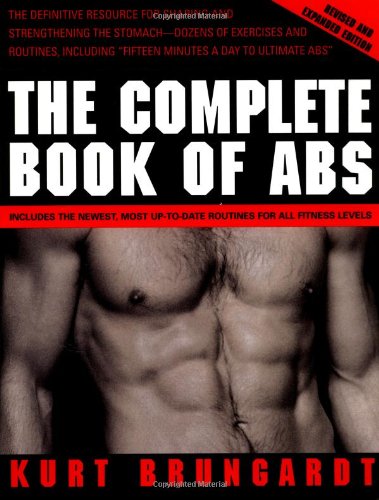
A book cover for The Complete Book of Abs: Revised and Expanded Edition; Kurt Brungardt; Health, Fitness & Dieting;